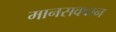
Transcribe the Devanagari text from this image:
मानसक्वान